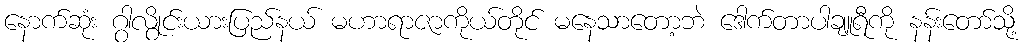
နောက်ဆုံး ဂွါလွိုင်းယားပြည်နယ် မဟာရာဇာကိုယ်တိုင် မနေသာတော့ဘဲ ဒေါက်တာပါချူရီကို နန်းတော်သို့